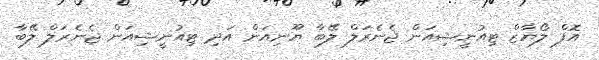
އޮފް ލޯޔާޒް ޓިއުނީޝިއަން ޖެނެރަލް ލޭބާ ޔޫނިއަން އަދި ޓިއުނީޝިއަން ޖެނެރަލް ލޭބާ